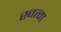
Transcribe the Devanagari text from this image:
स्वत्वा